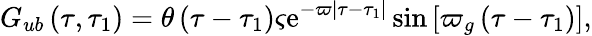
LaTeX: G_{ub}\left(\tau,\tau_{1}\right)=\theta\left(\tau-\tau_{1}\right)\varsigma\mathrm{e}^{-\varpi\left|\tau-\tau_{1}\right|}\sin\left[\varpi_{g}\left(\tau-\tau_{1}\right)\right],